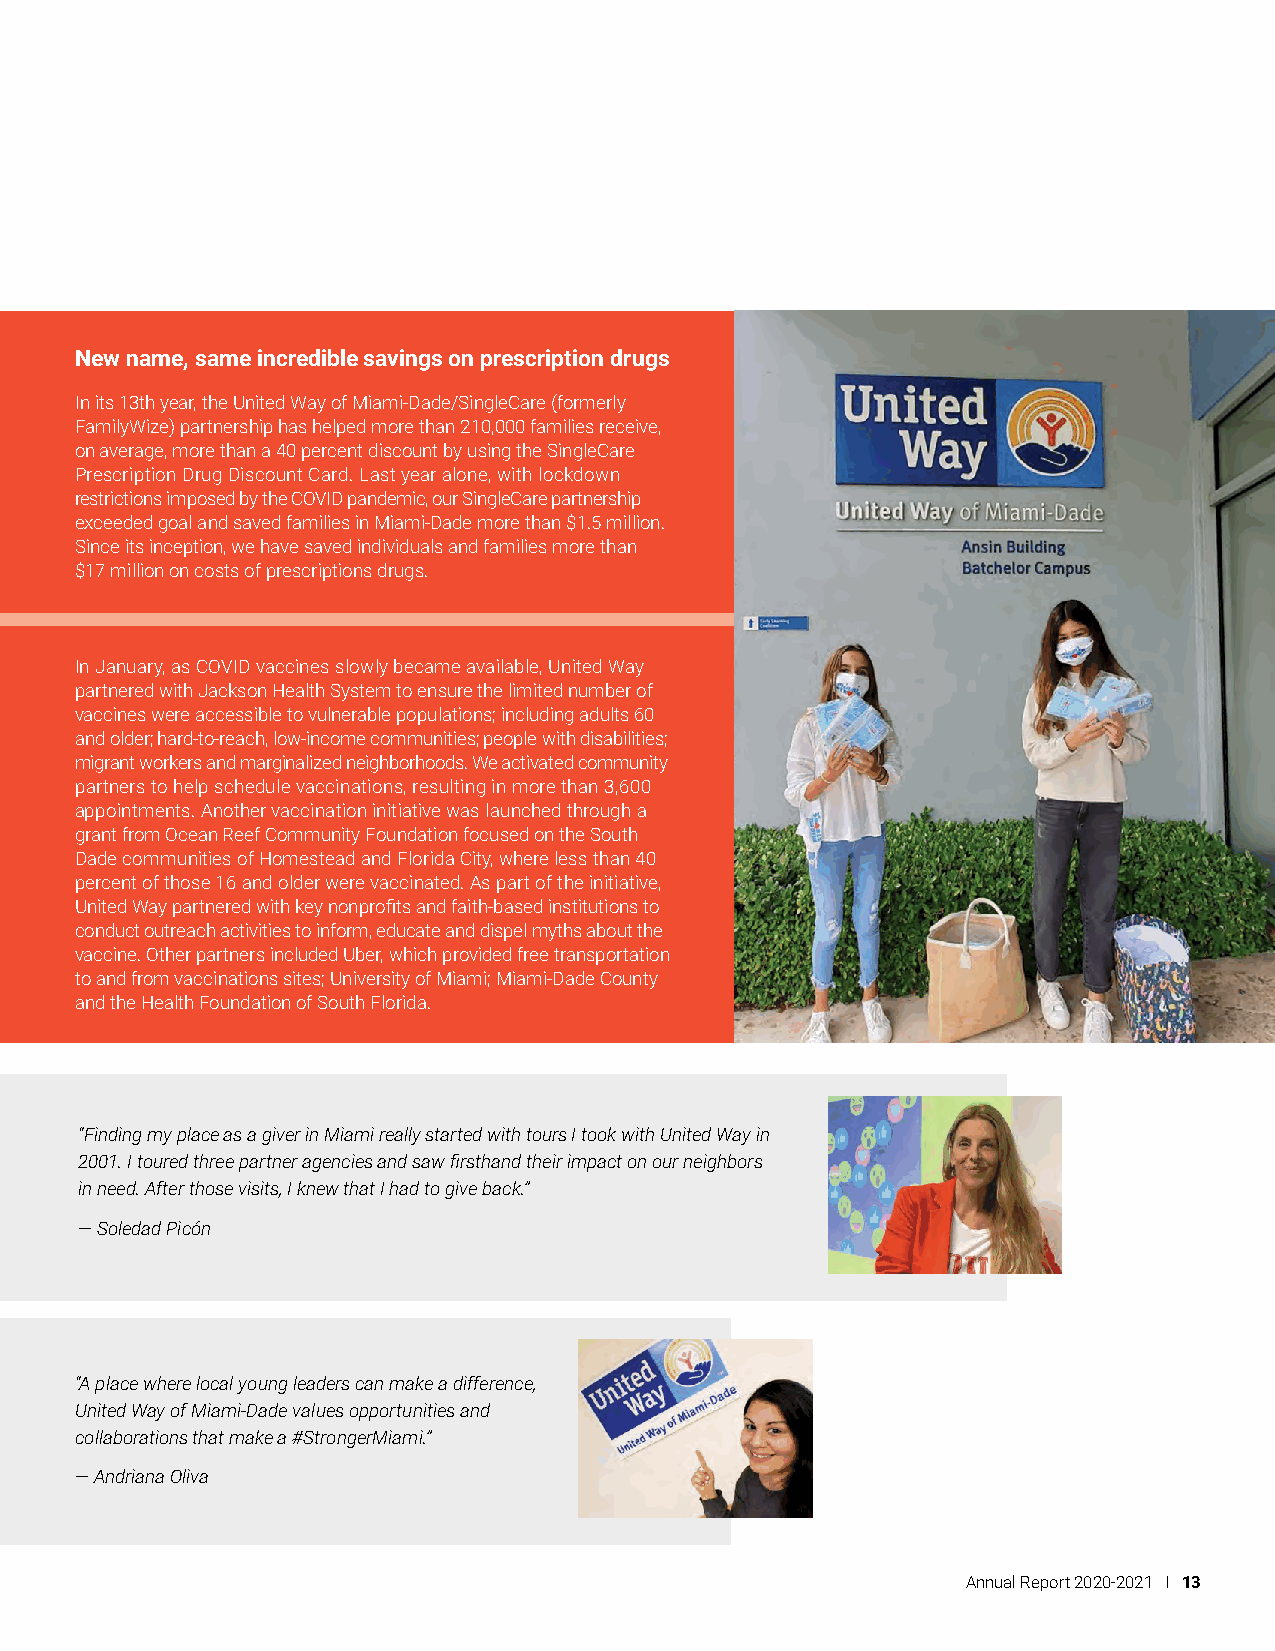
New name, same incredible savings on prescription drugs
 In its 13th year, the United Way of Miami-Dade/SingleCare (formerly
 FamilyWize) partnership has helped more than 210,000 families receive,
 on average, more than a 40 percent discount by using the SingleCare
 Prescription Drug Discount Card. Last year alone, with lockdown
 restrictions imposed by the COVID pandemic, our SingleCare partnership
 exceeded goal and saved families in Miami-Dade more than $1.5 million.
 Since its inception, we have saved individuals and families more than
 $17 million on costs of prescriptions drugs.
 In January, as COVID vaccines slowly became available, United Way
 partnered with Jackson Health System to ensure the limited number of
 vaccines were accessible to vulnerable populations; including adults 60
 and older; hard-to-reach, low-income communities; people with disabilities;
 migrant workers and marginalized neighborhoods. We activated community
 partners to help schedule vaccinations, resulting in more than 3,600
 appointments. Another vaccination initiative was launched through a
 grant from Ocean Reef Community Foundation focused on the South
 Dade communities of Homestead and Florida City, where less than 40
 percent of those 16 and older were vaccinated. As part of the initiative,
 United Way partnered with key nonprofits and faith-based institutions to
 conduct outreach activities to inform, educate and dispel myths about the
 vaccine. Other partners included Uber, which provided free transportation
 to and from vaccinations sites; University of Miami; Miami-Dade County
 and the Health Foundation of South Florida.
 “Finding my place as a giver in Miami really started with tours I took with United Way in
 2001. I toured three partner agencies and saw firsthand their impact on our neighbors
 in need. After those visits, I knew that I had to give back.”
 — Soledad Picón
 “A place where local young leaders can make a difference,
 United Way of Miami-Dade values opportunities and
 collaborations that make a #StrongerMiami.”
 — Andriana Oliva
 Annual Report 2020-2021 I 13